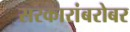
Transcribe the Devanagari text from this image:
सरकारांबरोबर